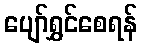
ပျော်ရွှင်စေရန်